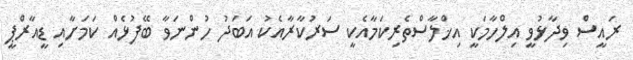
ރައީސް ވިދާޅުވީ އިލްހާމަކީ އިޚްލާސްތެރިކަމާއެކީ ސަރުކާރާއެކު އަބަދު ހުންނަވާ ބޭފުޅެއް ކަމަށާއި ޑީއާރްޕީ